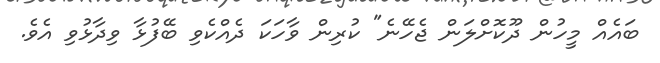
ބައެއް މީހުން ދޫކޮށްލަން ޖެހޭނެ" ކުރިން ވާހަކަ ދެއްކެވި ބޭފުޅާ ވިދާޅުވި އެވެ.